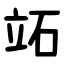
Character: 䇉